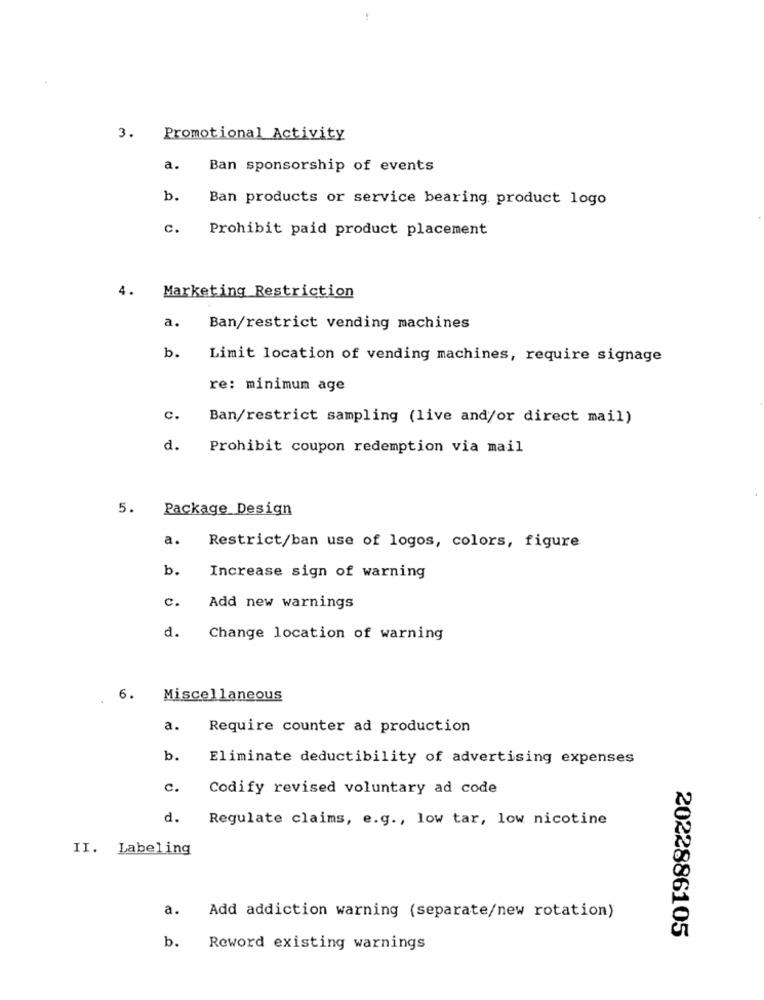
3. Promotional Activity
a.
Ban sponsorship of events
b.
Ban products or service bearing product logo
c.
Prohibit paid product placement
4. Marketing Restriction
a.
Ban/restrict vending machines
b.
Limit location of vending machines, require signage
re: minimum age
c.
Ban/restrict sampling (live and/or direct mail)
d.
Prohibit coupon redemption via mail
5.
Package Design
a.
Restrict/ban use of logos, colors, figure
b.
Increase sign of warning
c.
Add new warnings
d.
Change location of warning
6.
Miscellaneous
a.
Require counter ad production
b.
Eliminate deductibility of advertising expenses
c.
Codify revised voluntary ad code
d.
Regulate claims, e.g ., low tar, low nicotine
II. Labeling
a.
Add addiction warning (separate/new rotation)
2022886105
b.
Reword existing warnings